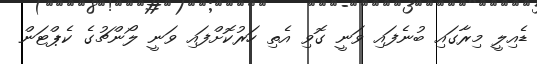
ޑެއިލީ މިރާގައި ބުނެފައި ވަނީ ގޮވި އެތި ހަރުކޮށްފައި ވަނީ ލޯންޗުގެ ކެޕްޓަން